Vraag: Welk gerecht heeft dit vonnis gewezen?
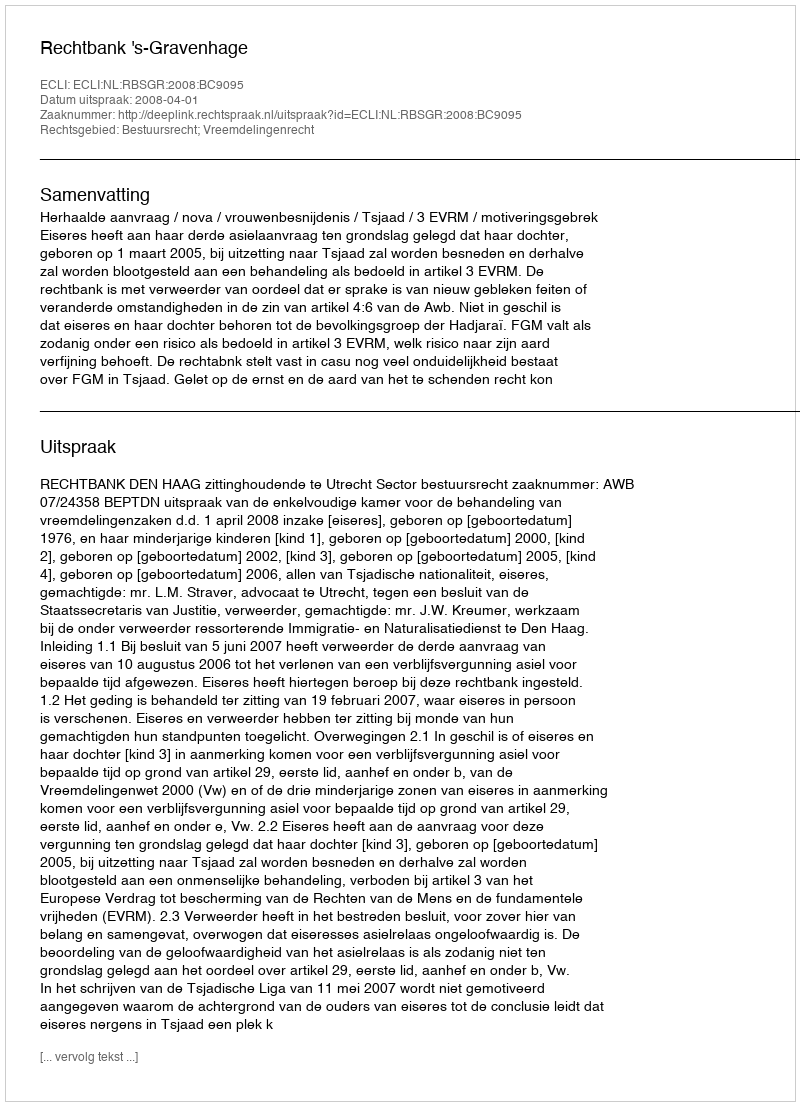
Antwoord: Rechtbank 's-Gravenhage